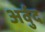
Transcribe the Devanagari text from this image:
अर्वुद